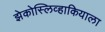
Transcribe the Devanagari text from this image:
झेकोस्लिव्हाकियाला